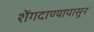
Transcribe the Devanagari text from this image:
शेंगदाण्यापासून